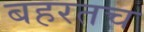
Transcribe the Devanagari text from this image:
बहरतच